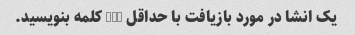
یک انشا در مورد بازیافت با حداقل 150 کلمه بنویسید.